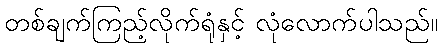
တစ်ချက်ကြည့်လိုက်ရုံနှင့် လုံလောက်ပါသည်။